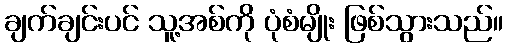
ချက်ချင်းပင် သူ့အစ်ကို ပုံစံမျိုး ဖြစ်သွားသည်။